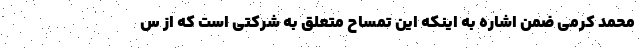
محمد کرمی ضمن اشاره به اینکه این تمساح متعلق به شرکتی است که از س